Leaving Certificate Examination (including Day School Certificate (Higher) General paper), 1938
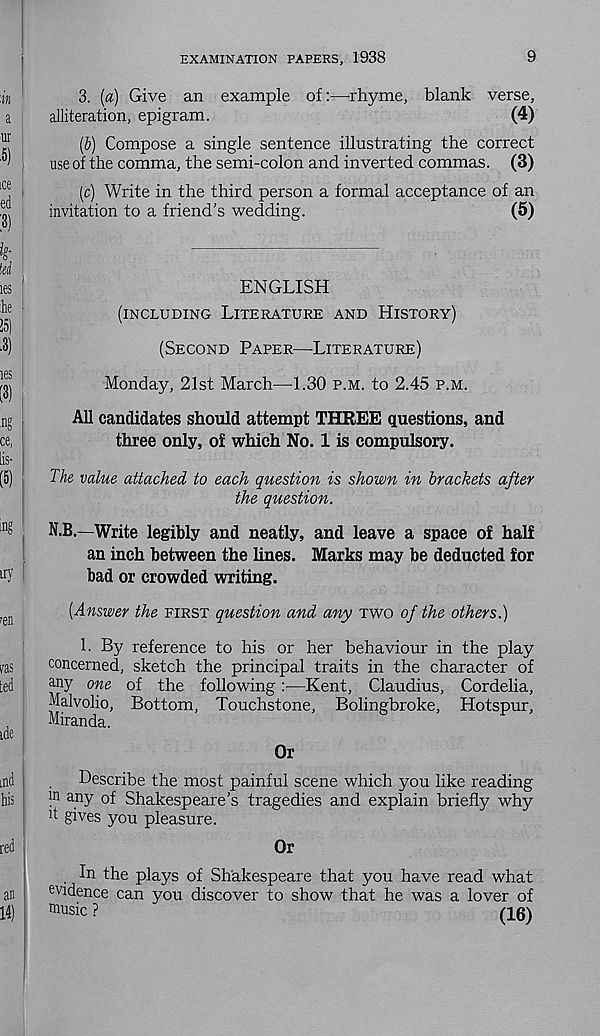
EXAMINATION PAPERS, 1938
9
3. (a) Give an example of:—rhyme, blank verse,
alliteration, epigram.
(4)
(b) Compose a single sentence illustrating the correct
use of the comma, the semi-colon and inverted commas. (3)
(c) Write in the third person a formal acceptance of an
invitation to a friend's wedding.
(5)
ENGLISH
(INCLUDING LITERATURE AND HISTORY)
(SECOND PAPER—LITERATURE)
Monday, 21st March—1.30 P.M. to 2.45 P.M.
All candidates should attempt THREE questions, and
three only, of which No. 1 is compulsory.
The value attached to each question is shown in brackets after
the question.
N.B.—Write legibly and neatly, and leave a space of half
an inch between the lines. Marks may be deducted for
bad or crowded writing.
[Answer the FIRST question and any TWO of the others.)
L By reference to his or her behaviour in the play
concerned, sketch the principal traits in the character of
any one of the following:—Kent, Claudius, Cordelia,
Malvolio, Bottom, Touchstone, Bolingbroke, Hotspur,
Miranda.
Or
Describe the most painful scene which you like reading
m a .ny of Shakespeare's tragedies and explain briefly why
k gives you pleasure.
Or
In the plays of Shakespeare that you have read what
evidence can you discover to show that he was a lover of
music ?
n